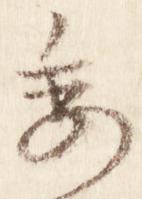
委